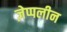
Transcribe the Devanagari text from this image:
ज़ेप्पलीन